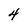
Character: 4